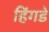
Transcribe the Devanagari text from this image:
हिंगडे